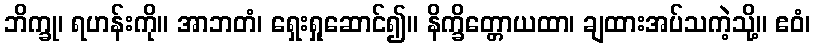
ဘိက္ခု၊ ရဟန်းကို။ အာဘတံ၊ ရှေးရှုဆောင်၍။ နိက္ခိတ္တောယထာ၊ ချထားအပ်သကဲ့သို့။ ဧဝံ၊